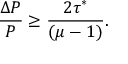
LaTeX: \frac { \Delta P } { P } \geq \frac { 2 \tau ^ { * } } { ( \mu - 1 ) } .